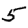
Digit: 5